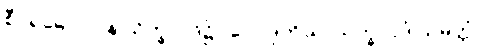
စီဝရဓောဝါပန သိက္ခာပုဒ်၌။ ပေ။ ဒုတိယာသိက္ခာပဒံ သမတ္တံ၊